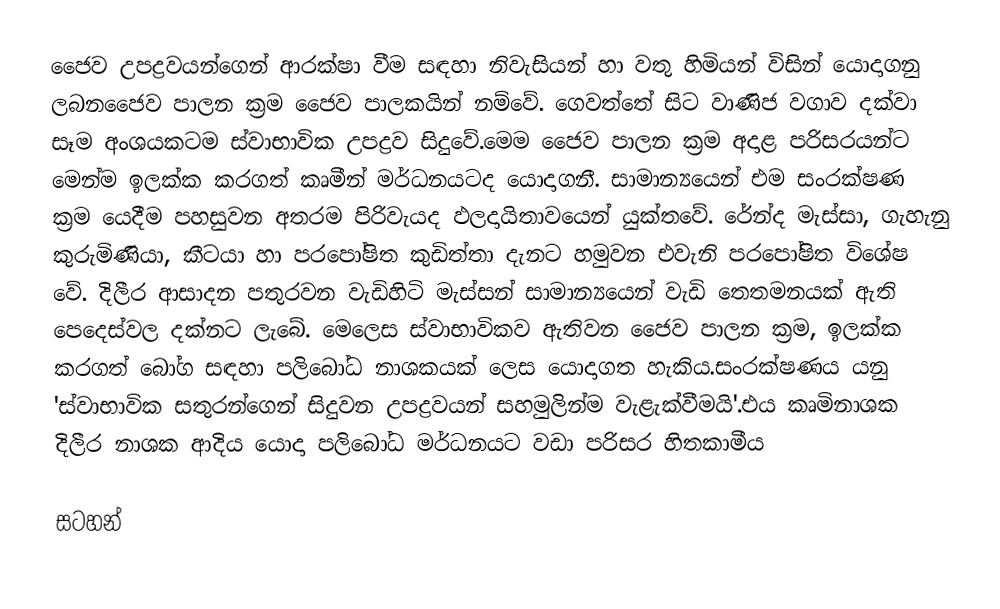
ජෛව උපද්‍රවයන්ගෙන් ආරක්ෂා වීම සඳහා නිවැසියන් හා වතු හිමියන් විසින් යොදාගනු ලබනජෛව පාලන ක්‍රම ජෛව පාලකයින් නම්වේ. ගෙවත්තේ සිට වාණිජ වගාව දක්වා සෑම අංශයකටම ස්වාභාවික උපද්‍රව සිදුවේ.මෙම ජෛව පාලන ක්‍රම අදාළ පරිසරයන්ට මෙන්ම ඉලක්ක කරගත් කෘමීන් මර්ධනයටද යොදාගනී. සාමාන්‍යයෙන් එම සංරක්ෂණ ක්‍රම යෙදීම පහසුවන අතරම පිරිවැයද ඵලදායිතාවයෙන් යුක්තවේ. රේන්ද මැස්සා, ගැහැනු කුරුමිණියා, කීටයා හා පරපෝෂිත කුඩිත්තා දැනට හමුවන එවැනි පරපෝෂිත විශේෂ වේ. දිලීර ආසාදන පතුරවන වැඩිහිටි මැස්සන් සාමාන්‍යයෙන් වැඩි තෙතමනයක් ඇති පෙදෙස්වල දක්නට ලැබේ. මෙලෙස ස්වාභාවිකව ඇතිවන ජෛව පාලන ක්‍රම, ඉලක්ක කරගත් බෝග සඳහා පලිබෝධ නාශකයක් ලෙස යොදාගත හැකිය.සංරක්ෂණය යනු 'ස්වාභාවික සතුරන්ගෙන් සිදුවන උපද්‍රවයන් සහමුලින්ම වැළැක්වීමයි'.එය කෘමිනාශක දිලීර නාශක ආදිය යොදා පලිබෝධ මර්ධනයට වඩා පරිසර හිතකාමීය

සටහන්